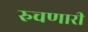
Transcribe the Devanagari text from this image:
रुचणारी